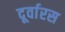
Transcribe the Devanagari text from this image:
दूर्वारस